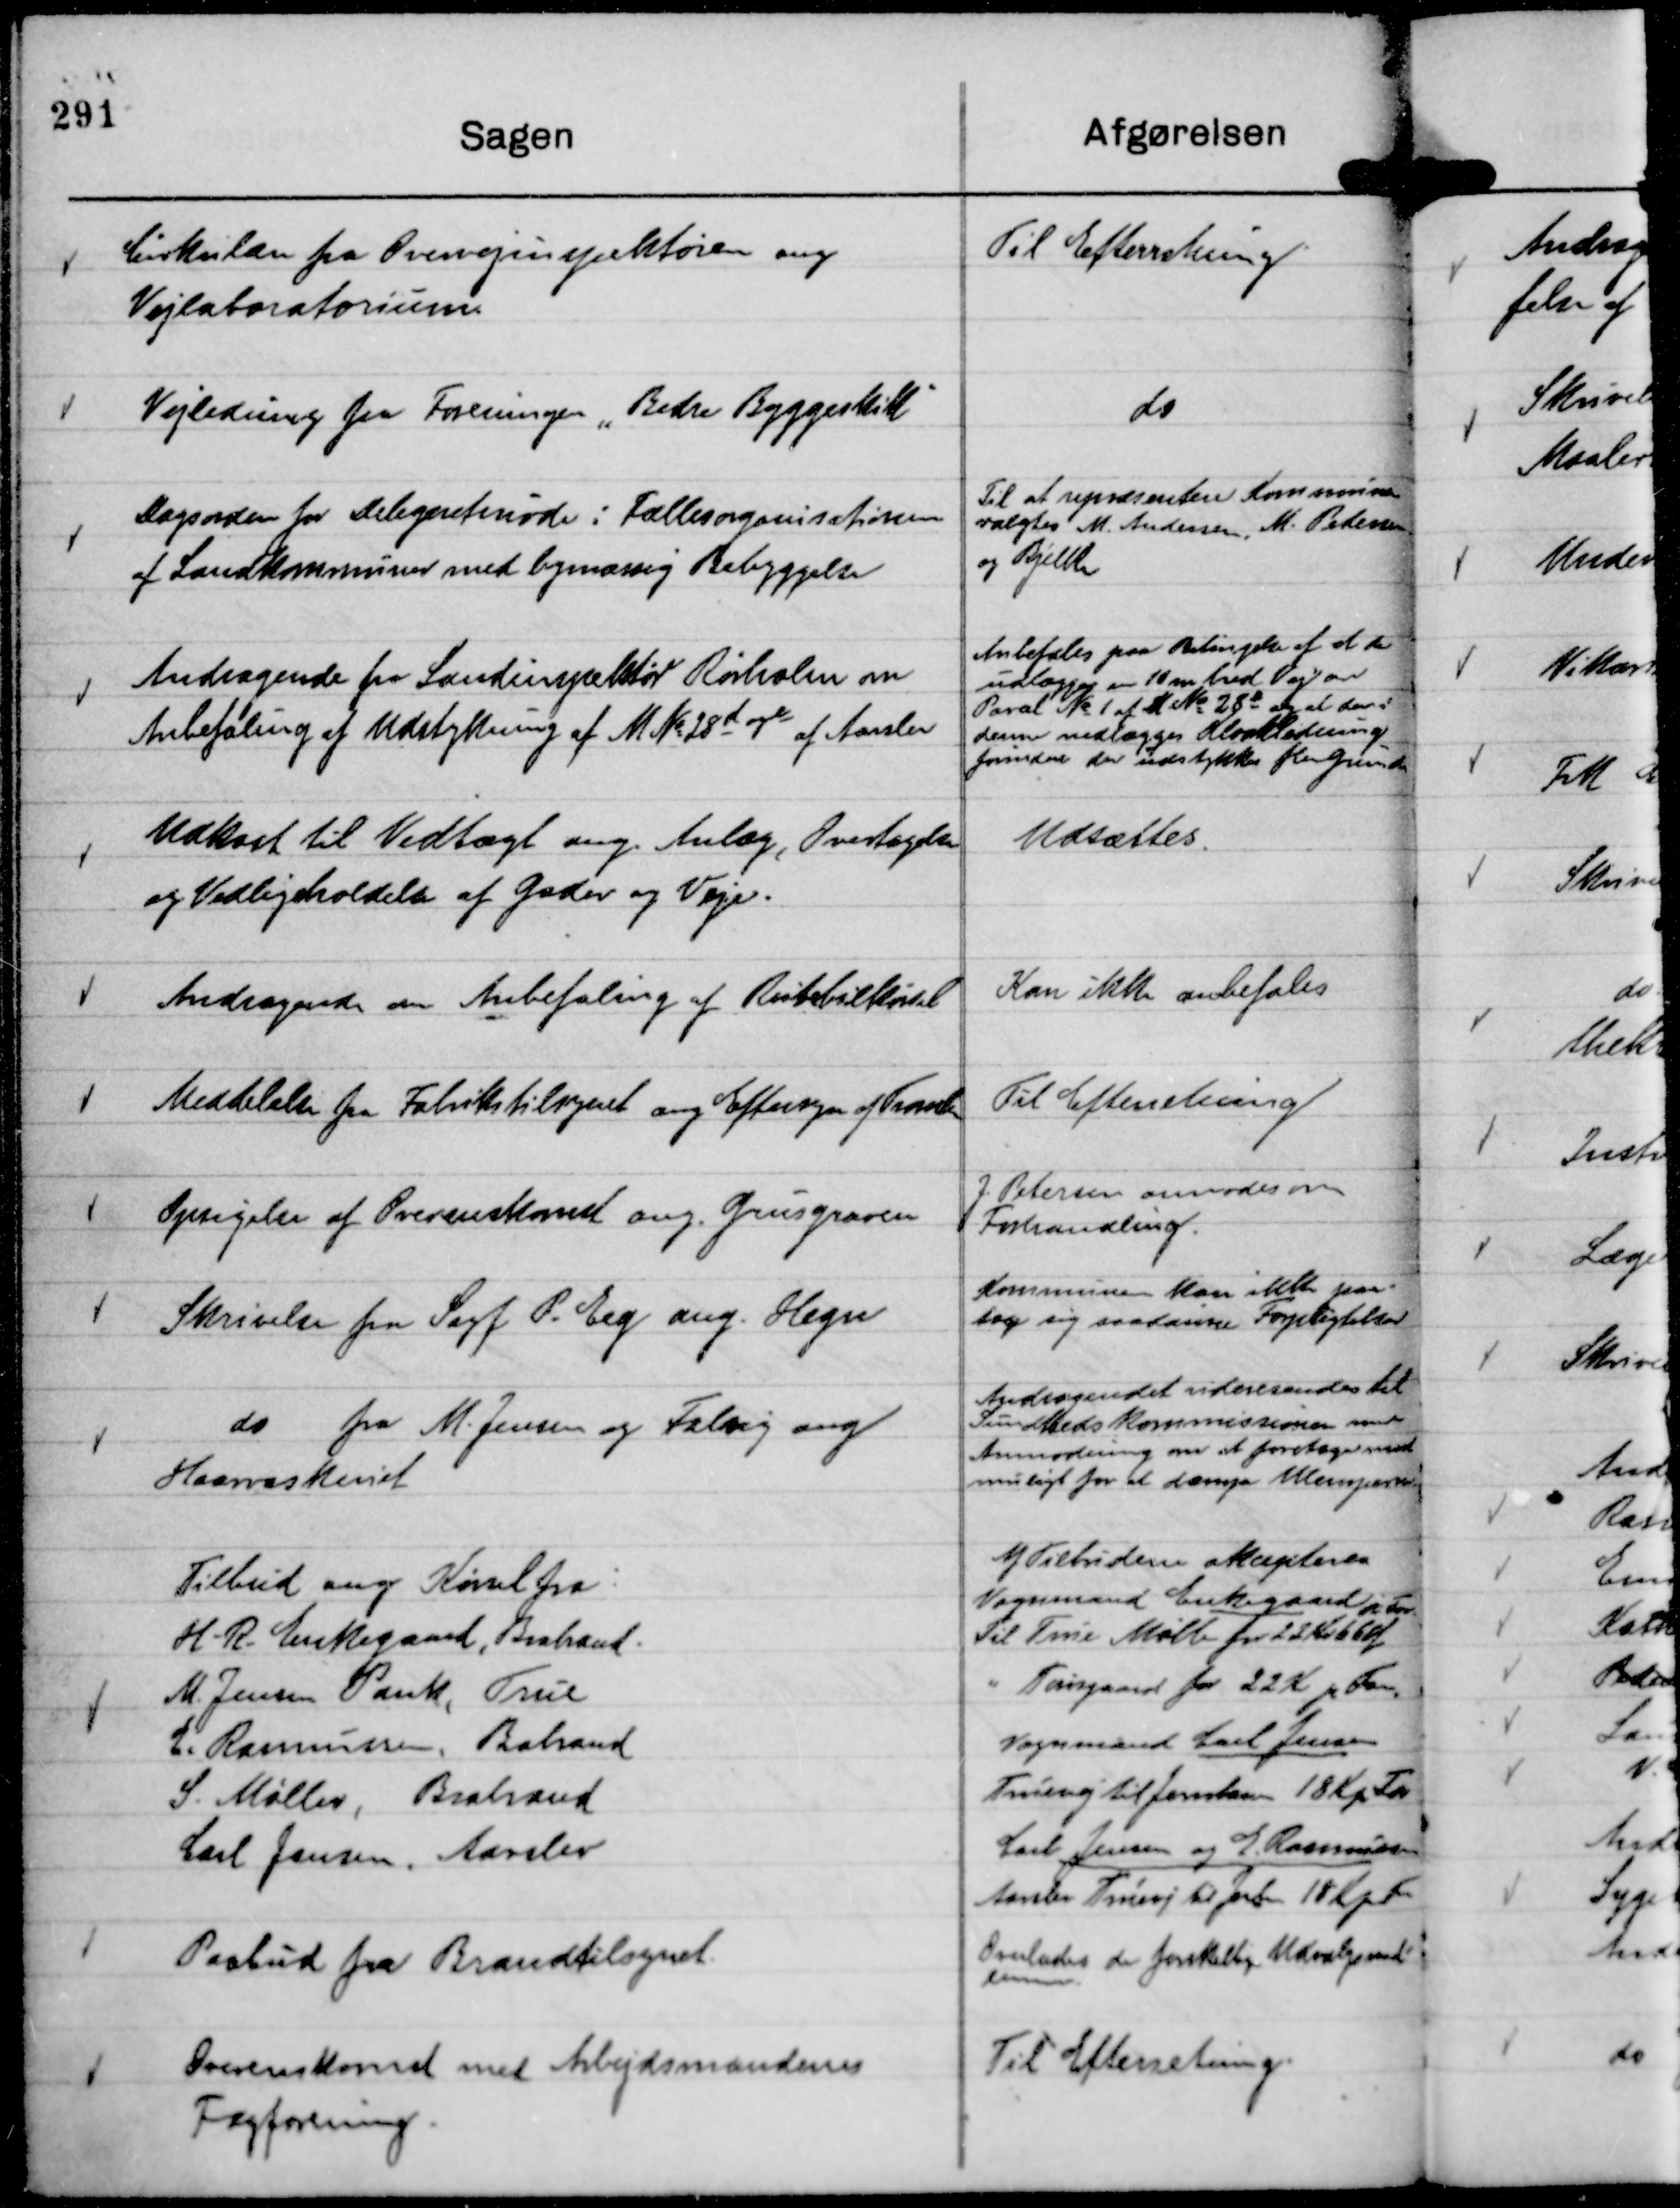
Transskription:
Cirkulære fra Overvejinspektøren ang
Vejlaboratorium.

Til Efterretning

Vejledning fra Foreningen "Bedre Byggeskik"

do

Dagsorden for Delegeretmøde i Fællesorganisationen
af Landkommuner med bymæssig Bebyggelse

Til at repræsentere Kommunen
valgtes M. Andersen, M. Pedersen
og Bjelke

Andragende fra Landinspektør Rørholm om
Anbefaling af Udstykning af M No 28 d og e af Aarslev

Anbefales paa Betingelse af at der
udlægges en 10 m bred Vej over
Parcel No 1 af M No 28 e og at der i
denne nedlægges Kloakledning
forinden der udstykkes flere Grunde.

Udkast til Vedtægt ang. Anlæg, Overtagelse
og Vedligeholdelse af Gader og Veje.

Udsættes.

Andragende om Anbefaling af Rutebilkørsel

Kan ikke anbefales

Meddelelse fra Trafiktilsynet ang Eftersyn Tromlen

Til Efterretning

Opsigelse af Overenskomst ang. Grusgraven

J. Petersen anmodes om
Forhandling.

Skrivelse fra Sagf P Eeg ang. Hegn

Kommunen kan ikke paa-
tage sig saadanne Forpligtelser

do fra M. Jensen og Falvig ang
Haarvaskeriet

Andragendet videresendes til
Sundhedskommissionen med
Anmodning om at foretage mest
muligt for at dæmpe Ulemperne

Tilbud ang Kørsel fra:
H. R. Enkegaard, Brabrand.
M. Jensen Pank, True
E. Rasmussen, Brabrand
S. Møller, Brabrand
Carl Jensen, Aarslev

Af Tilbudene akcepteres
Vognmand Enkegaard
Til True Mølle for 22 Kr 66 Øre pr Favn
" Tousgaard for 22 pr Favn
Vognmand Carl Jensen
Truevej til Jernbanen 18 K p Fv
Carl Jensen og E. Rasmussen
Aarslev Truevej til Jernb 18 Kp Fv

Paabud fra Brandtilsynet.

Overlades de forskellige Udvalgsmed-
lemmer.

Overenskomst med Arbejdsmændenes
Fagforening.

Til Efterretning.